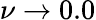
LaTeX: \nu\rightarrow 0.0